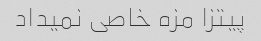
پیتزا مزه خاصی نمیداد